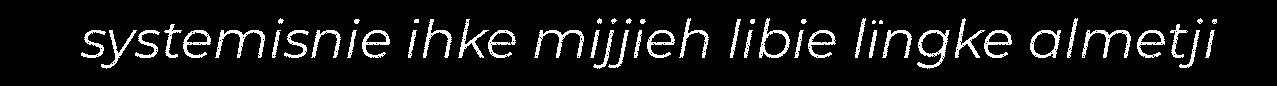
systemisnie ihke mijjieh libie lïngke almetji